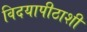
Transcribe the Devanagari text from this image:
विदयापीठाशी